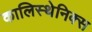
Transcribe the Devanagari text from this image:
कालिस्थेनिक्स